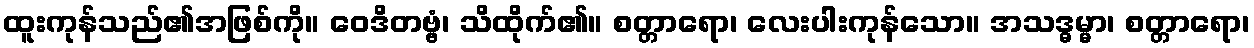
ထူးကုန်သည်၏အဖြစ်ကို။ ဝေဒိတဗ္ဗံ၊ သိထိုက်၏။ စတ္တာရော၊ လေးပါးကုန်သော။ အသဒ္ဓမ္မာ၊ စတ္တာရော၊